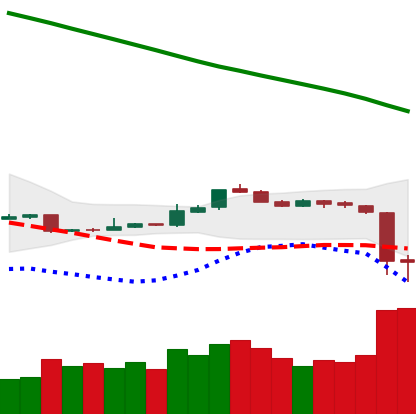
Ticker: ETH-USD
Chart end date: 2018-11-15
Forward return: -27.912%
Label: down_7plus